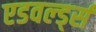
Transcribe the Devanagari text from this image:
एडवर्ल्ड्स